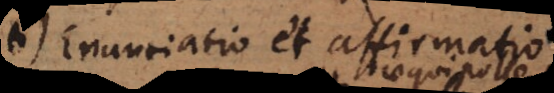
enuntiatio et affirmatio